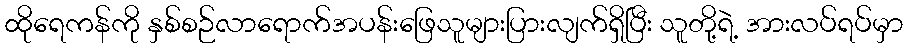
ထိုရေကန်ကို နှစ်စဉ်လာရောက်အပန်းဖြေသူများပြားလျက်ရှိပြီး သူတို့ရဲ့ အားလပ်ရပ်မှာ